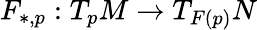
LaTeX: F_{*,p}:T_{p}M\to T_{F(p)}N